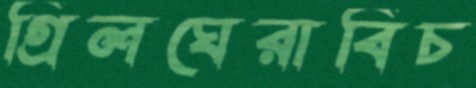
গ্রিলঘেরাবিচ